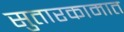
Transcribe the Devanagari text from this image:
सुतारकामात